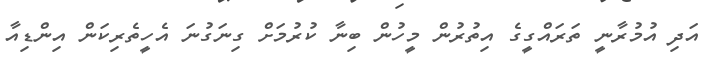
އަދި އުމުރާނީ ތަރައްގީގެ އިތުރުން މީހުން ބިނާ ކުރުމަށް ގިނަގުނަ އެހީތެރިކަން އިންޑިއާ